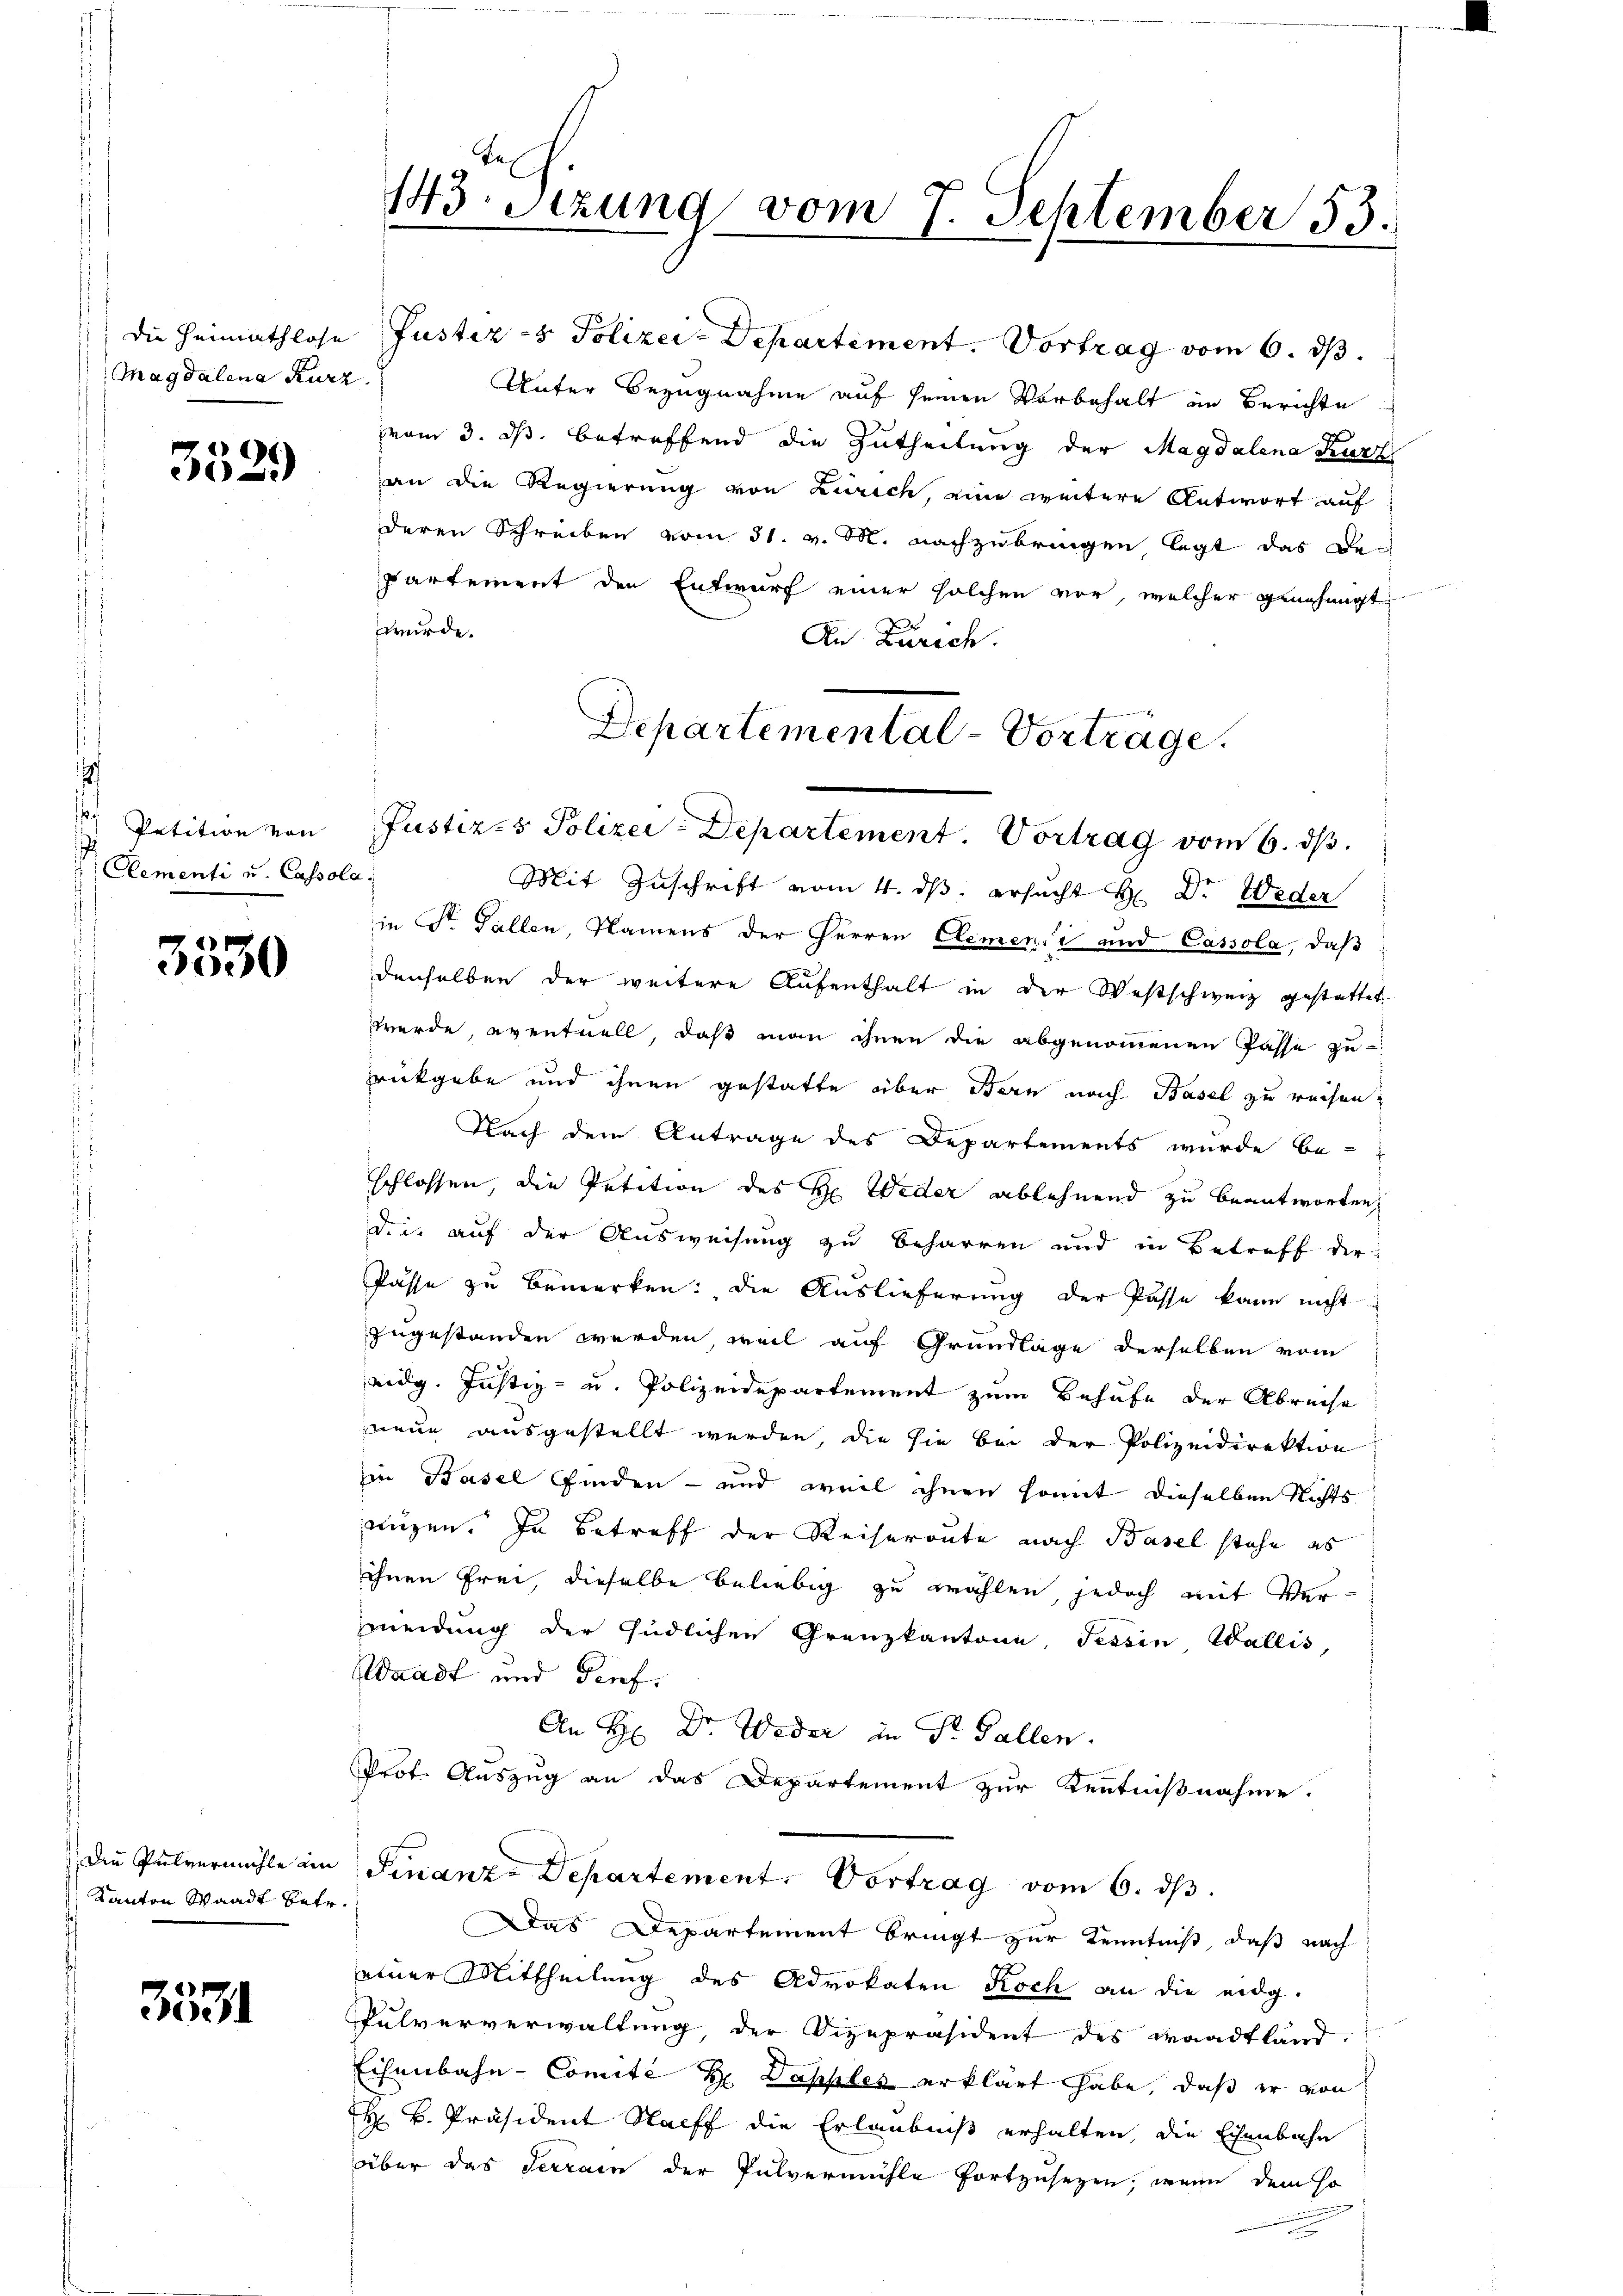
Magdalena Kurz

3529

.
Petition von
.
Clementi u. Cassola

3530

Die Pulvermühle im
Kanton Waadt betr.

3531

143: Stzung vom 7. September 53.

) die Heimathlose Justiz- & Polizei-Departement. Vortrag vom 6. ds.
Unter Bezugnahme auf seinen Vorbehalt im Berichte
vom 3. ds. betreffend die Zutheilung der Magdalena Kurz
an die Regierung von Zürich, eine weitere Antwort auf
deren Schreiben vom 31. v. M. nachzubringen legt das De-
partement den Entwurf einer solchen vor, welcher genehmigt,
wurde.
An Zürich.
Mit Zuschrift vom 4. ds. ersucht H: Dr. Weder
in Dr. Fallen, Namens der Herren Clemensi und Cassola, daß
denselben der weitere Aufenthalt in der Westschweiz gestattet
werde, eventuell, daß man ihnen die abgenommenen Pässe zu
rückgabe und ihnen gestatte über Bern nach Basel zu reisen,
Nach dem Antrage des Departements wurde be-
schlossen, die Petition des H. Weder ablehnend zu beantworten,
Die, auf der Ausweisung zu beharren und in Betreff der
Pässe zu bemerken: die Auslieferung der Pässe kann nicht
zugestanden werden, weil auf Grundlage derselben vom
eidg. Justiz- u. Polizeidepartement zum Behufe der Abreise
neue ausgestellt werden, die sie bei der Polizeidirektion
in Basel finden - und weil ihnen somit dieselben Nichts
nügen. In Betreff der Keiseroute nach Basel stehe es
ihnen Frei, dieselbe beliebig zu wählen, jedoch mit Vermeidung der südlichen Grenzkantone, Tessin, Wallis,
Waadt und Perf
An H: Dr. Weder in Dr. Gallen.
Prof. Auszug an das Departement zur Kenntnißnahme.
Finanz-Departement. Vortrag vom 6. ds.
Das Departement bringt zur Kenntniß, daß nach
einer Mittheilung des Advokaten Koch an die eidg.
Pulververwaltung, der Vizepräsident des Waadtland.
Eisenbahn-Comité de Dapples erklärt habe, daß er von
H K. Präsident Staff die Erlaubniß erhalten, die Eisenbahn
über das Terrain der Pulvermühle fortzusetzen, wenn dem so

Departemental-Vorträge.
Justiz- & Polizei-Departement. Vortrag vom 6. dβ.